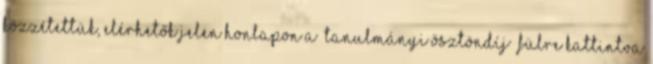
közzétettük, elérhetők jelen honlapon a „Tanulmányi ösztöndíj” fülre kattintva